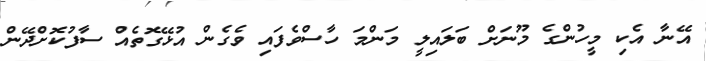
އޭނާ އެކި މީހުންގެ މޫނަށް ބަލައިލީ މަންމަ ހާސްވެފައި ވެގެން އުޅޭގޮތެއް ސާފުކޮށްދޭން